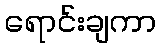
ရောင်းချကာ